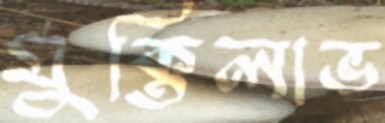
মুক্তিলাভ